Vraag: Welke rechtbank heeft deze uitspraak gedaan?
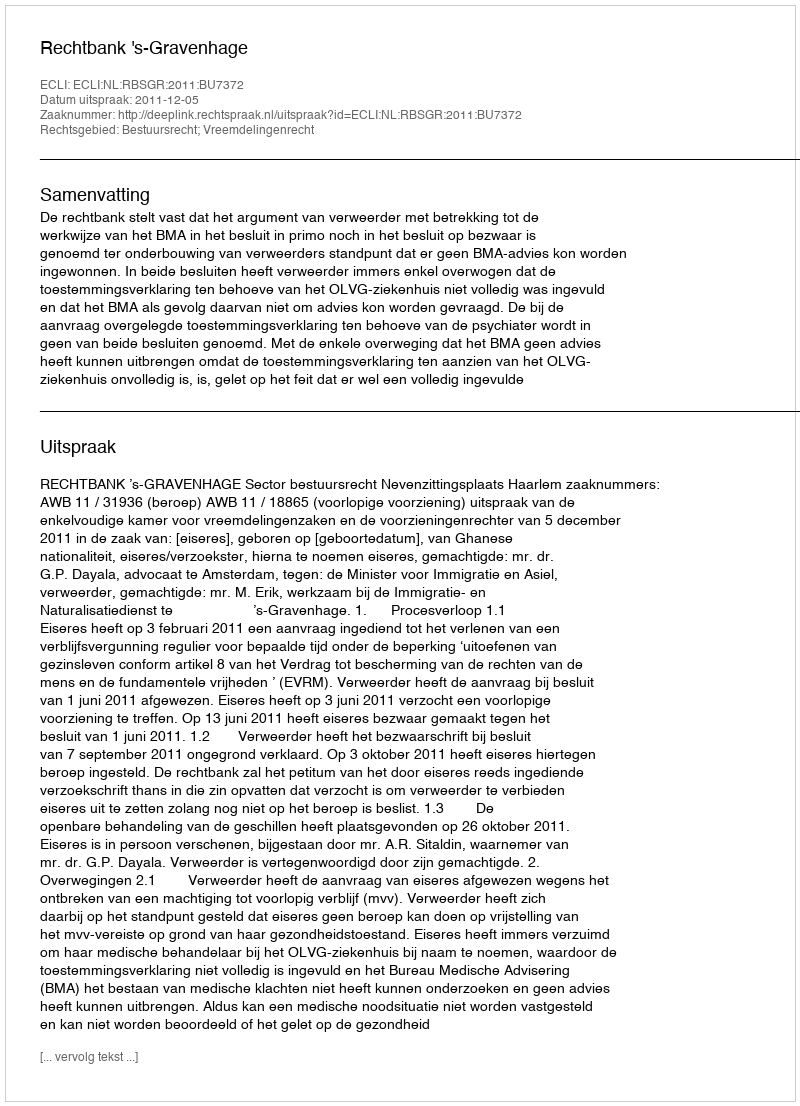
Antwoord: Rechtbank 's-Gravenhage